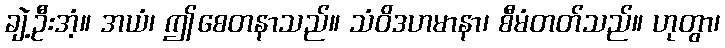
ချဲ့ဦးအံ့။ အယံ၊ ဤစေတနာသည်။ သံဝိဒဟမာနာ၊ စီမံတတ်သည်။ ဟုတွာ၊